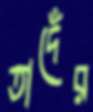
তাদেঁর